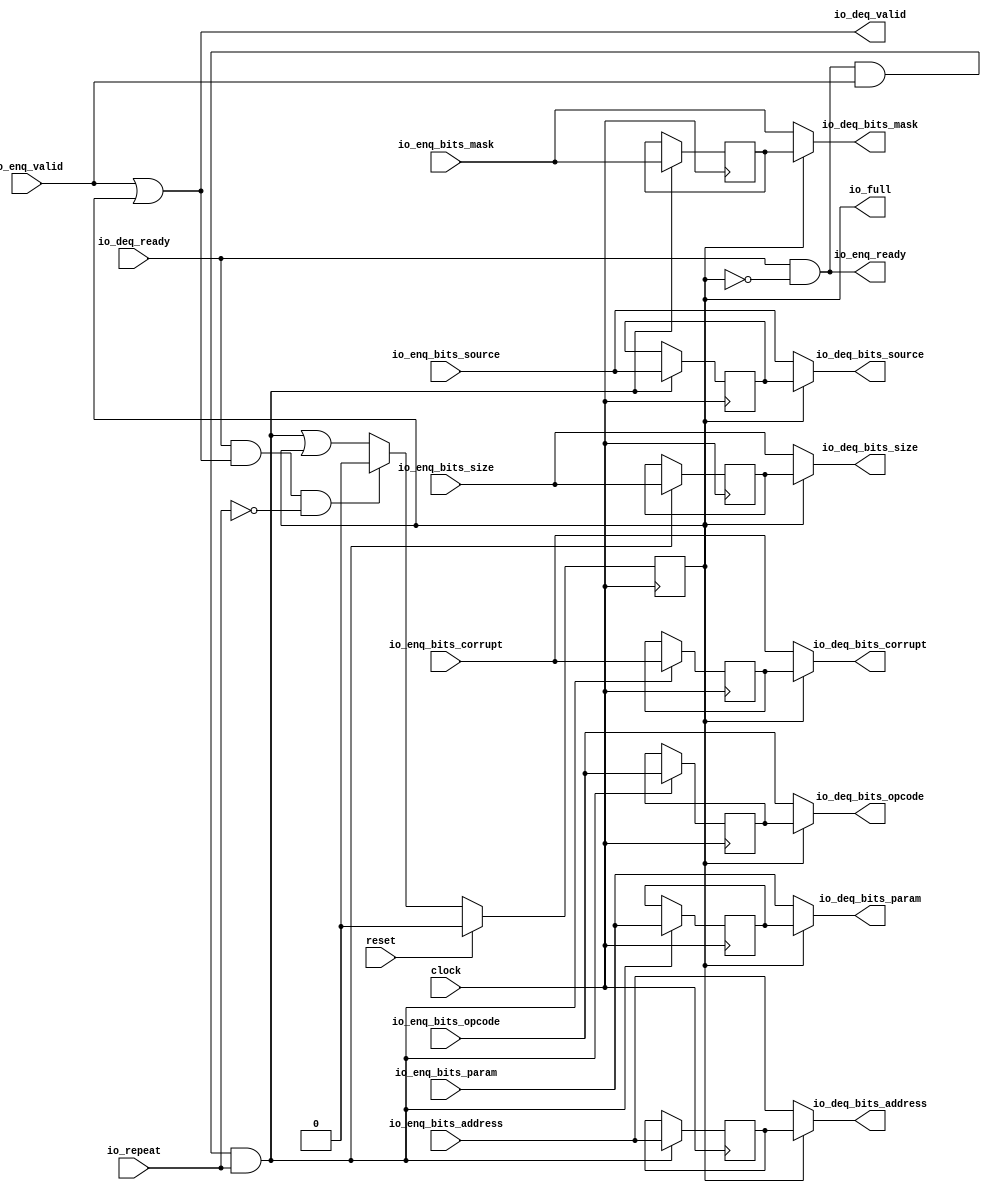
module Repeater_3( // @[:freechips.rocketchip.system.DefaultRV32Config.fir@64495.2]
  input         clock, // @[:freechips.rocketchip.system.DefaultRV32Config.fir@64496.4]
  input         reset, // @[:freechips.rocketchip.system.DefaultRV32Config.fir@64497.4]
  input         io_repeat, // @[:freechips.rocketchip.system.DefaultRV32Config.fir@64498.4]
  output        io_full, // @[:freechips.rocketchip.system.DefaultRV32Config.fir@64498.4]
  output        io_enq_ready, // @[:freechips.rocketchip.system.DefaultRV32Config.fir@64498.4]
  input         io_enq_valid, // @[:freechips.rocketchip.system.DefaultRV32Config.fir@64498.4]
  input  [2:0]  io_enq_bits_opcode, // @[:freechips.rocketchip.system.DefaultRV32Config.fir@64498.4]
  input  [2:0]  io_enq_bits_param, // @[:freechips.rocketchip.system.DefaultRV32Config.fir@64498.4]
  input  [2:0]  io_enq_bits_size, // @[:freechips.rocketchip.system.DefaultRV32Config.fir@64498.4]
  input  [4:0]  io_enq_bits_source, // @[:freechips.rocketchip.system.DefaultRV32Config.fir@64498.4]
  input  [11:0] io_enq_bits_address, // @[:freechips.rocketchip.system.DefaultRV32Config.fir@64498.4]
  input  [3:0]  io_enq_bits_mask, // @[:freechips.rocketchip.system.DefaultRV32Config.fir@64498.4]
  input         io_enq_bits_corrupt, // @[:freechips.rocketchip.system.DefaultRV32Config.fir@64498.4]
  input         io_deq_ready, // @[:freechips.rocketchip.system.DefaultRV32Config.fir@64498.4]
  output        io_deq_valid, // @[:freechips.rocketchip.system.DefaultRV32Config.fir@64498.4]
  output [2:0]  io_deq_bits_opcode, // @[:freechips.rocketchip.system.DefaultRV32Config.fir@64498.4]
  output [2:0]  io_deq_bits_param, // @[:freechips.rocketchip.system.DefaultRV32Config.fir@64498.4]
  output [2:0]  io_deq_bits_size, // @[:freechips.rocketchip.system.DefaultRV32Config.fir@64498.4]
  output [4:0]  io_deq_bits_source, // @[:freechips.rocketchip.system.DefaultRV32Config.fir@64498.4]
  output [11:0] io_deq_bits_address, // @[:freechips.rocketchip.system.DefaultRV32Config.fir@64498.4]
  output [3:0]  io_deq_bits_mask, // @[:freechips.rocketchip.system.DefaultRV32Config.fir@64498.4]
  output        io_deq_bits_corrupt // @[:freechips.rocketchip.system.DefaultRV32Config.fir@64498.4]
);
`ifdef RANDOMIZE_REG_INIT
  reg [31:0] _RAND_0;
  reg [31:0] _RAND_1;
  reg [31:0] _RAND_2;
  reg [31:0] _RAND_3;
  reg [31:0] _RAND_4;
  reg [31:0] _RAND_5;
  reg [31:0] _RAND_6;
  reg [31:0] _RAND_7;
`endif // RANDOMIZE_REG_INIT
  reg  full; // @[Repeater.scala 19:21:freechips.rocketchip.system.DefaultRV32Config.fir@64500.4]
  reg [2:0] saved_opcode; // @[Repeater.scala 20:18:freechips.rocketchip.system.DefaultRV32Config.fir@64501.4]
  reg [2:0] saved_param; // @[Repeater.scala 20:18:freechips.rocketchip.system.DefaultRV32Config.fir@64501.4]
  reg [2:0] saved_size; // @[Repeater.scala 20:18:freechips.rocketchip.system.DefaultRV32Config.fir@64501.4]
  reg [4:0] saved_source; // @[Repeater.scala 20:18:freechips.rocketchip.system.DefaultRV32Config.fir@64501.4]
  reg [11:0] saved_address; // @[Repeater.scala 20:18:freechips.rocketchip.system.DefaultRV32Config.fir@64501.4]
  reg [3:0] saved_mask; // @[Repeater.scala 20:18:freechips.rocketchip.system.DefaultRV32Config.fir@64501.4]
  reg  saved_corrupt; // @[Repeater.scala 20:18:freechips.rocketchip.system.DefaultRV32Config.fir@64501.4]
  wire  _T_1; // @[Repeater.scala 24:35:freechips.rocketchip.system.DefaultRV32Config.fir@64504.4]
  wire  _T_4; // @[Decoupled.scala 40:37:freechips.rocketchip.system.DefaultRV32Config.fir@64517.4]
  wire  _T_5; // @[Repeater.scala 28:23:freechips.rocketchip.system.DefaultRV32Config.fir@64518.4]
  wire  _GEN_0; // @[Repeater.scala 28:38:freechips.rocketchip.system.DefaultRV32Config.fir@64519.4]
  wire  _T_6; // @[Decoupled.scala 40:37:freechips.rocketchip.system.DefaultRV32Config.fir@64530.4]
  wire  _T_7; // @[Repeater.scala 29:26:freechips.rocketchip.system.DefaultRV32Config.fir@64531.4]
  wire  _T_8; // @[Repeater.scala 29:23:freechips.rocketchip.system.DefaultRV32Config.fir@64532.4]
  assign _T_1 = ~full; // @[Repeater.scala 24:35:freechips.rocketchip.system.DefaultRV32Config.fir@64504.4]
  assign _T_4 = io_enq_ready & io_enq_valid; // @[Decoupled.scala 40:37:freechips.rocketchip.system.DefaultRV32Config.fir@64517.4]
  assign _T_5 = _T_4 & io_repeat; // @[Repeater.scala 28:23:freechips.rocketchip.system.DefaultRV32Config.fir@64518.4]
  assign _GEN_0 = _T_5 | full; // @[Repeater.scala 28:38:freechips.rocketchip.system.DefaultRV32Config.fir@64519.4]
  assign _T_6 = io_deq_ready & io_deq_valid; // @[Decoupled.scala 40:37:freechips.rocketchip.system.DefaultRV32Config.fir@64530.4]
  assign _T_7 = ~io_repeat; // @[Repeater.scala 29:26:freechips.rocketchip.system.DefaultRV32Config.fir@64531.4]
  assign _T_8 = _T_6 & _T_7; // @[Repeater.scala 29:23:freechips.rocketchip.system.DefaultRV32Config.fir@64532.4]
  assign io_full = full; // @[Repeater.scala 26:11:freechips.rocketchip.system.DefaultRV32Config.fir@64516.4]
  assign io_enq_ready = io_deq_ready & _T_1; // @[Repeater.scala 24:16:freechips.rocketchip.system.DefaultRV32Config.fir@64506.4]
  assign io_deq_valid = io_enq_valid | full; // @[Repeater.scala 23:16:freechips.rocketchip.system.DefaultRV32Config.fir@64503.4]
  assign io_deq_bits_opcode = full ? saved_opcode : io_enq_bits_opcode; // @[Repeater.scala 25:15:freechips.rocketchip.system.DefaultRV32Config.fir@64515.4]
  assign io_deq_bits_param = full ? saved_param : io_enq_bits_param; // @[Repeater.scala 25:15:freechips.rocketchip.system.DefaultRV32Config.fir@64514.4]
  assign io_deq_bits_size = full ? saved_size : io_enq_bits_size; // @[Repeater.scala 25:15:freechips.rocketchip.system.DefaultRV32Config.fir@64513.4]
  assign io_deq_bits_source = full ? saved_source : io_enq_bits_source; // @[Repeater.scala 25:15:freechips.rocketchip.system.DefaultRV32Config.fir@64512.4]
  assign io_deq_bits_address = full ? saved_address : io_enq_bits_address; // @[Repeater.scala 25:15:freechips.rocketchip.system.DefaultRV32Config.fir@64511.4]
  assign io_deq_bits_mask = full ? saved_mask : io_enq_bits_mask; // @[Repeater.scala 25:15:freechips.rocketchip.system.DefaultRV32Config.fir@64510.4]
  assign io_deq_bits_corrupt = full ? saved_corrupt : io_enq_bits_corrupt; // @[Repeater.scala 25:15:freechips.rocketchip.system.DefaultRV32Config.fir@64508.4]
`ifdef RANDOMIZE_GARBAGE_ASSIGN
`define RANDOMIZE
`endif
`ifdef RANDOMIZE_INVALID_ASSIGN
`define RANDOMIZE
`endif
`ifdef RANDOMIZE_REG_INIT
`define RANDOMIZE
`endif
`ifdef RANDOMIZE_MEM_INIT
`define RANDOMIZE
`endif
`ifndef RANDOM
`define RANDOM $random
`endif
`ifdef RANDOMIZE_MEM_INIT
  integer initvar;
`endif
`ifndef SYNTHESIS
`ifdef FIRRTL_BEFORE_INITIAL
`FIRRTL_BEFORE_INITIAL
`endif
initial begin
  `ifdef RANDOMIZE
    `ifdef INIT_RANDOM
      `INIT_RANDOM
    `endif
    `ifndef VERILATOR
      `ifdef RANDOMIZE_DELAY
        #`RANDOMIZE_DELAY begin end
      `else
        #0.002 begin end
      `endif
    `endif
`ifdef RANDOMIZE_REG_INIT
  _RAND_0 = {1{`RANDOM}};
  full = _RAND_0[0:0];
  _RAND_1 = {1{`RANDOM}};
  saved_opcode = _RAND_1[2:0];
  _RAND_2 = {1{`RANDOM}};
  saved_param = _RAND_2[2:0];
  _RAND_3 = {1{`RANDOM}};
  saved_size = _RAND_3[2:0];
  _RAND_4 = {1{`RANDOM}};
  saved_source = _RAND_4[4:0];
  _RAND_5 = {1{`RANDOM}};
  saved_address = _RAND_5[11:0];
  _RAND_6 = {1{`RANDOM}};
  saved_mask = _RAND_6[3:0];
  _RAND_7 = {1{`RANDOM}};
  saved_corrupt = _RAND_7[0:0];
`endif // RANDOMIZE_REG_INIT
  `endif // RANDOMIZE
end // initial
`ifdef FIRRTL_AFTER_INITIAL
`FIRRTL_AFTER_INITIAL
`endif
`endif // SYNTHESIS
  always @(posedge clock) begin
    if (reset) begin
      full <= 1'h0;
    end else if (_T_8) begin
      full <= 1'h0;
    end else begin
      full <= _GEN_0;
    end
    if (_T_5) begin
      saved_opcode <= io_enq_bits_opcode;
    end
    if (_T_5) begin
      saved_param <= io_enq_bits_param;
    end
    if (_T_5) begin
      saved_size <= io_enq_bits_size;
    end
    if (_T_5) begin
      saved_source <= io_enq_bits_source;
    end
    if (_T_5) begin
      saved_address <= io_enq_bits_address;
    end
    if (_T_5) begin
      saved_mask <= io_enq_bits_mask;
    end
    if (_T_5) begin
      saved_corrupt <= io_enq_bits_corrupt;
    end
  end
endmodule